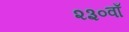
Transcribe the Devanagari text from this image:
२३०वाँ